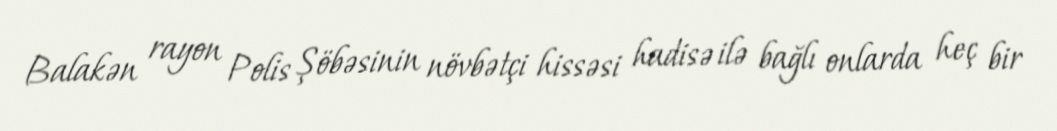
Balakən rayon Polis Şöbəsinin növbətçi hissəsi hadisə ilə bağlı onlarda heç bir